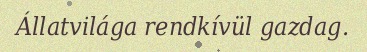
Állatvilága rendkívül gazdag.